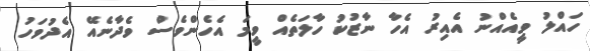
ހައްލު ވީއެއްނު އެއިރު އެހާ ނާޒުކު ހާލަތެއް ވީމަ އެހެންވެސް ވެދާނެއޭ އެދުވަހު